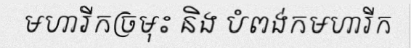
មហារីកច្រមុះ និង បំពង់កមហារីក